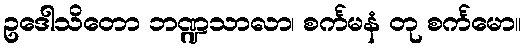
ဥဒေါသိတော ဘဏ္ဍသာလာ၊ စင်္ကမနံ တု စင်္ကမော။